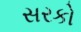
સરકો